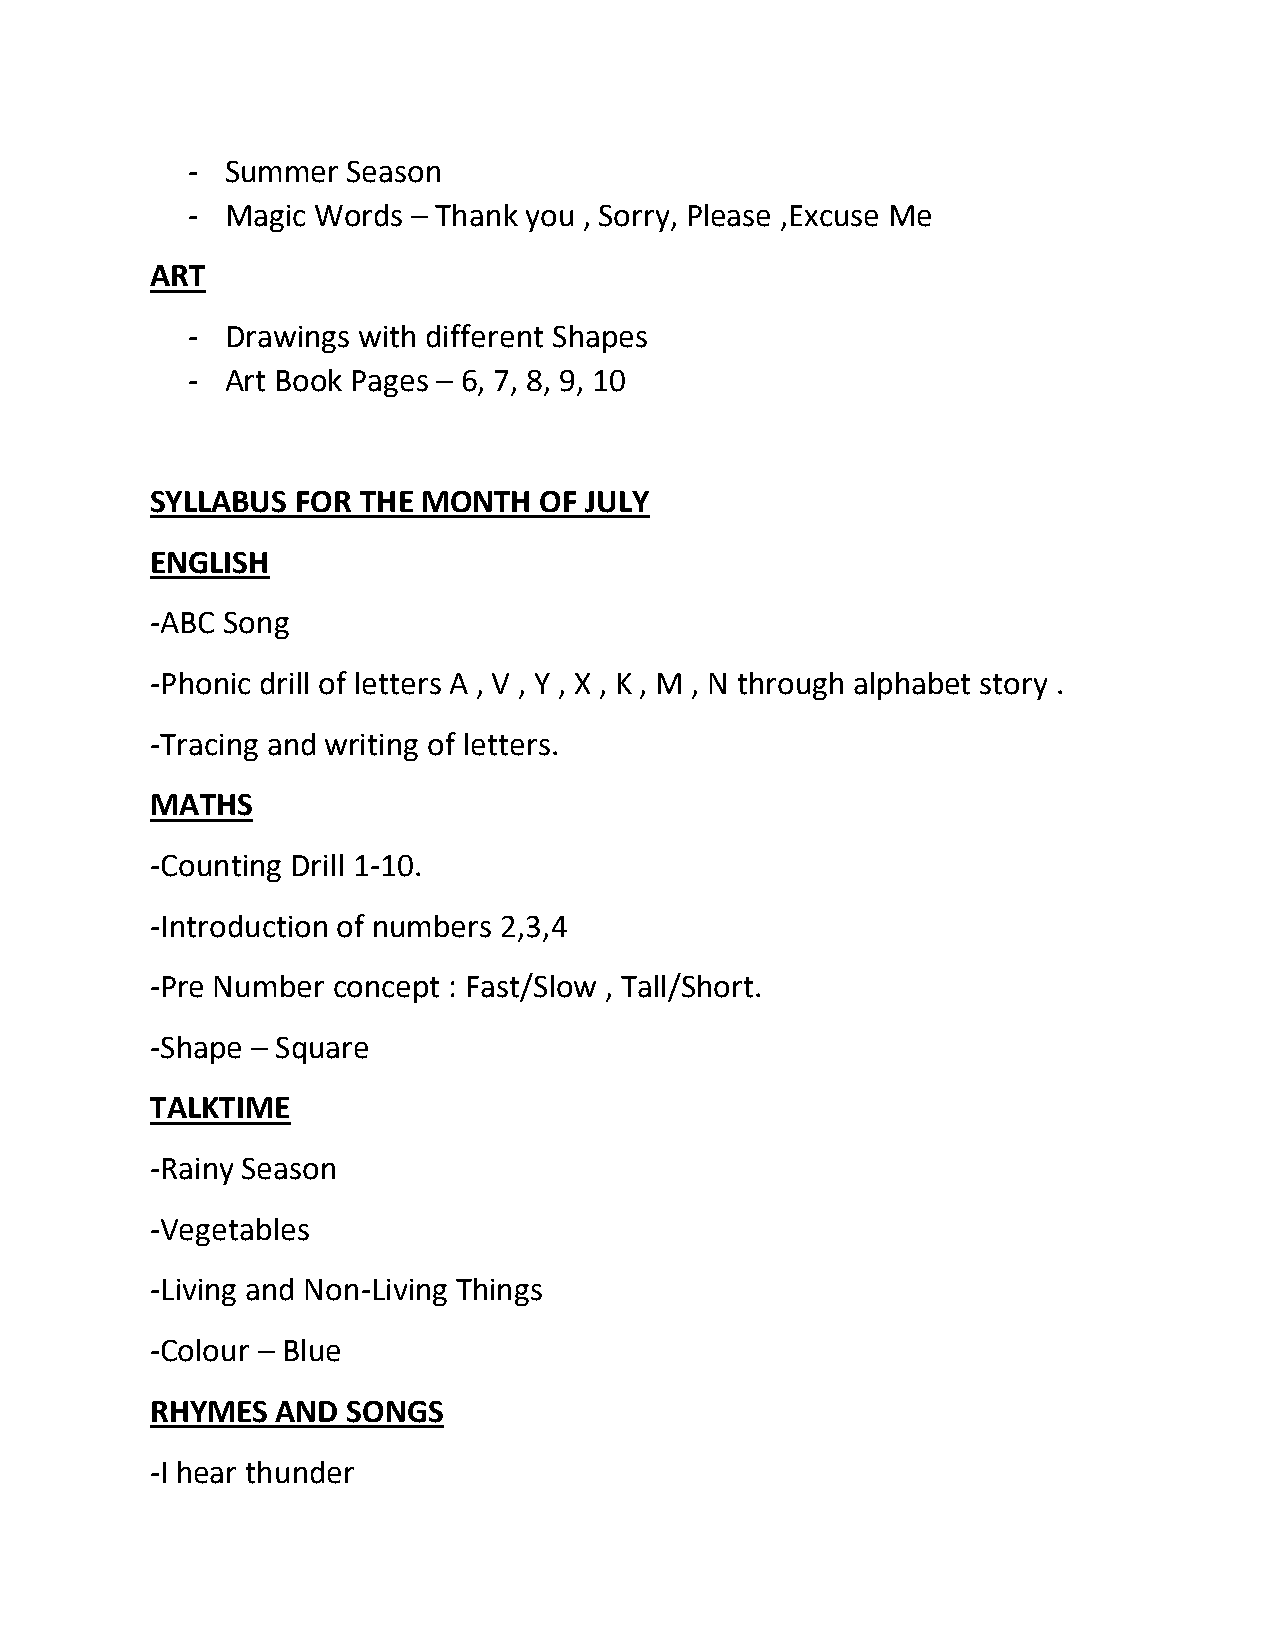
-  Summer  Season
 -  Magic Words – Thank you , Sorry, Please ,Excuse Me
 ART
 -  Drawings with different Shapes
 -  Art Book Pages – 6, 7, 8, 9, 10
 SYLLABUS  FOR THE MONTH   OF JULY
 ENGLISH
 -ABC Song
 -Phonic drill of letters A , V , Y , X , K , M , N through alphabet story .
 -Tracing and writing of letters.
 MATHS
 -Counting Drill 1-10.
 -Introduction of numbers 2,3,4
 -Pre Number concept : Fast/Slow , Tall/Short.
 -Shape – Square
 TALKTIME
 -Rainy Season
 -Vegetables
 -Living and Non-Living Things
 -Colour – Blue
 RHYMES  AND  SONGS
 -I hear thunder